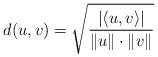
LaTeX: \begin{align*} d(u,v) = \sqrt{\frac{|\langle u,v \rangle|}{\|u \| \cdot \| v \|}} \end{align*}